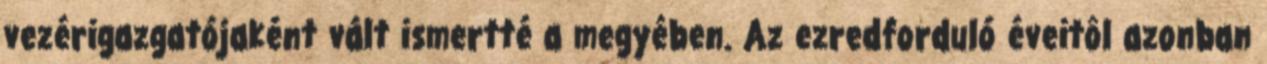
vezérigazgatójaként vált ismertté a megyében. Az ezredforduló éveitôl azonban